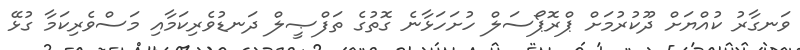
ވަނގާރު ކުއްޔަށް ދޫކުރުމަށް ޕްރޮޕޯސަލް ހުށަހަޅާނެ ގޮތުގެ ތަފްޞީލް ދަނޑުވެރިކަމާއި މަސްވެރިކަމާ ގުޅޭ